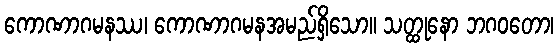
ကောဏာဂမနဿ၊ ကောဏာဂမနအမည်ရှိသော။ သတ္ထုနော ဘဂဝတော၊